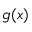
g ( x )